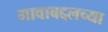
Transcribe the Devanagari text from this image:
गावाबद्दलच्या